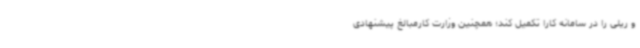
و ریلی را در سامانه کارا تکمیل کند؛ همچنین وزارت کارمبالغ پیشنهادی